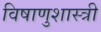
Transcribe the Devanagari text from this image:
विषाणुशास्त्री